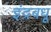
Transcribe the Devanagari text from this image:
इंद्रबधू